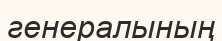
генералының